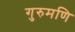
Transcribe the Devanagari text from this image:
गुरुमणि